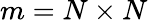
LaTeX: m=N\times N